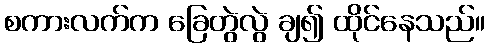
စကားလက်က ခြေတွဲလွဲ ချ၍ ထိုင်နေသည်။